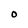
Character: O